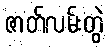
ဇာတ်လမ်းတွဲ